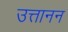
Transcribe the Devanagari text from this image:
उत्तानन